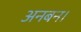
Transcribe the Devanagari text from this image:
अनबन।